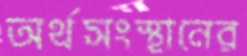
অর্থসংস্থানের